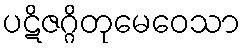
ပဋိဇဂ္ဂိတုမေဝေသာ